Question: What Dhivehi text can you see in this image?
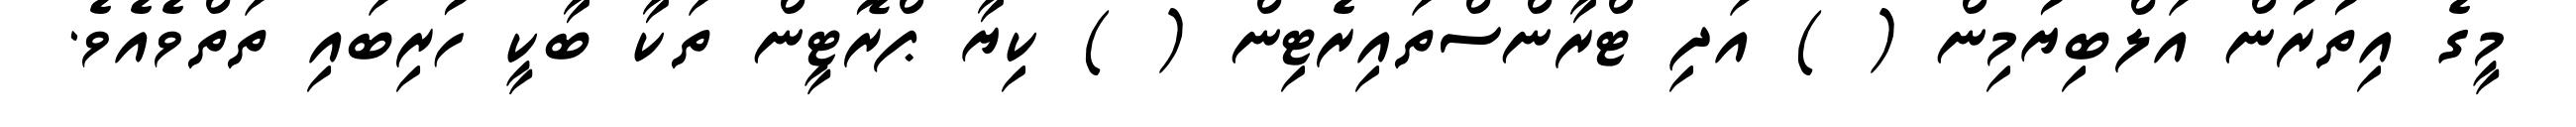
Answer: މީގެ އިތުރުން އަލްބިޔުމިން ( ) އަދި ޓްރާންސްތައިރެޓިން ( ) ކިޔާ ޕްރޮޓީން ތަކާ ބާކީ ހުރިބައި ތަތްވެއެވެ.